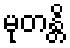
မုတန္တိ